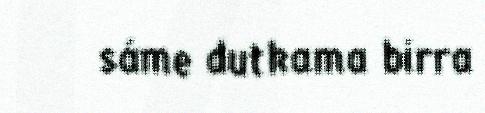
sáme dutkama birra